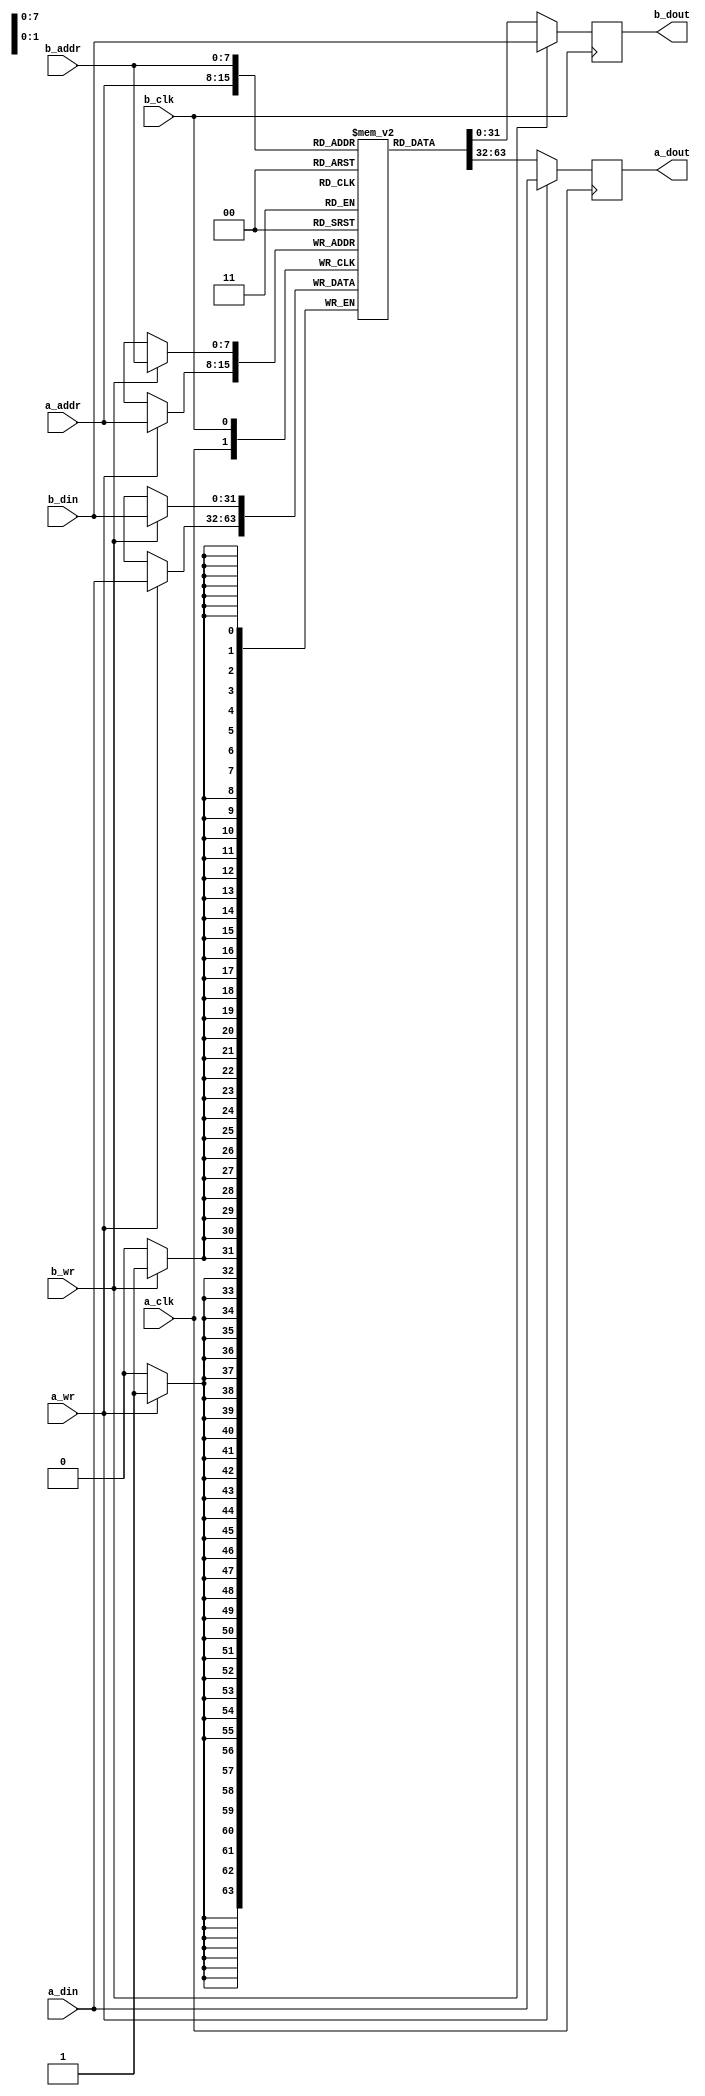
module ada_bram #(
    parameter DATA = 32,
    parameter ADDR = 8
    )(
    // Port A
    input                   a_clk,
    input                   a_wr,
    input       [ADDR-1:0]  a_addr,
    input       [DATA-1:0]  a_din,
    output  reg [DATA-1:0]  a_dout,
    // Port B
    input                   b_clk,
    input                   b_wr,
    input       [ADDR-1:0]  b_addr,
    input       [DATA-1:0]  b_din,
    output  reg [DATA-1:0]  b_dout
    );

    //--------------------------------------------------------------------------
    // Shared memory
    //--------------------------------------------------------------------------
    reg [DATA-1:0] mem [(2**ADDR)-1:0];

    // initiate the memory to zeros. For testing.
    // TODO: Add interface to modify this memory using a debug interface
    integer i;
    initial begin
        for (i=0; i < 256; i=i+1)
            mem[i] = 32'b0;
    end

    //--------------------------------------------------------------------------
    // Port A
    //--------------------------------------------------------------------------
    always @(posedge a_clk) begin
        a_dout      <= mem[a_addr];
        if(a_wr) begin
            a_dout      <= a_din;
            mem[a_addr] <= a_din;
        end
    end

    //--------------------------------------------------------------------------
    // Port B
    //--------------------------------------------------------------------------
    always @(posedge b_clk) begin
        b_dout      <= mem[b_addr];
        if(b_wr) begin
            b_dout      <= b_din;
            mem[b_addr] <= b_din;
        end
    end
endmodule